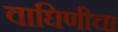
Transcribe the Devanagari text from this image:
वाघिणीचा